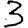
Digit: 3